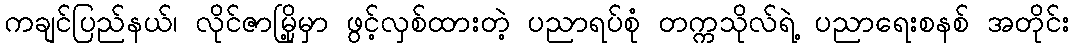
ကချင်ပြည်နယ်၊ လိုင်ဇာမြို့မှာ ဖွင့်လှစ်ထားတဲ့ ပညာရပ်စုံ တက္ကသိုလ်ရဲ့ ပညာရေးစနစ် အတိုင်း